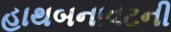
હાથબનાવટની